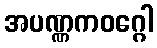
အပဏ္ဏကဝဂ္ဂေါ